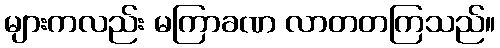
များကလည်း မကြာခဏ လာတတကြသည်။